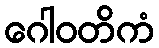
ဂေါဝတိကံ